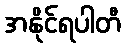
အနိုင်ရပါတီ